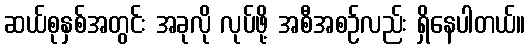
ဆယ်စုနှစ်အတွင်း အခုလို လုပ်ဖို့ အစီအစဉ်လည်း ရှိနေပါတယ်။